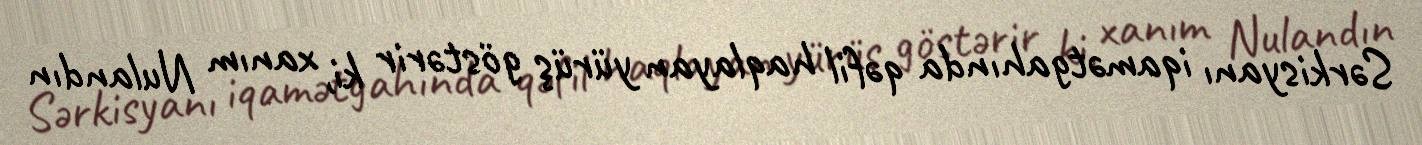
Sərkisyanı iqamətgahında qəfil haqlayan yürüş göstərir ki, xanım Nulandın